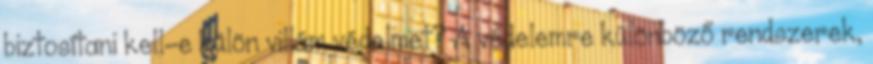
biztosítani kell-e külön villám védelmet? A védelemre különböző rendszerek,